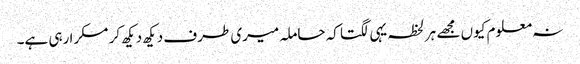
نہ معلوم کیوں مجھے ہر لحظہ یہی لگتا کہ حاملہ میری طرف دیکھ دیکھ کر مسکرا رہی ہے۔